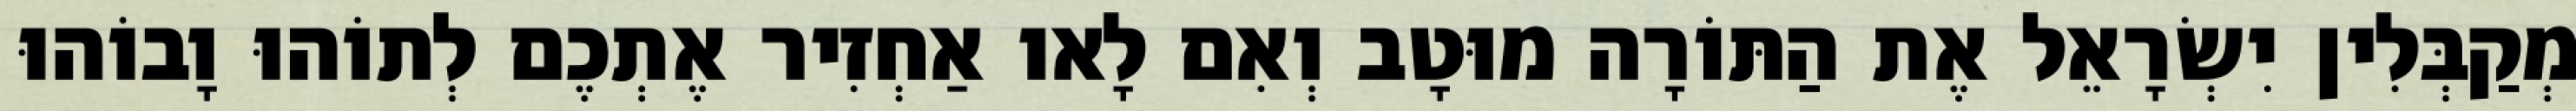
מְקַבְּלִין יִשְׂרָאֵל אֶת הַתּוֹרָה מוּטָב וְאִם לָאו אַחְזִיר אֶתְכֶם לְתוֹהוּ וָבוֹהוּ